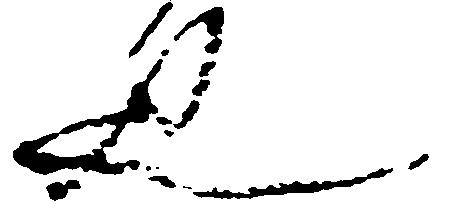
也